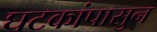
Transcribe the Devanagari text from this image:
घटकांपासुन